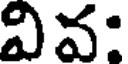
వివ: